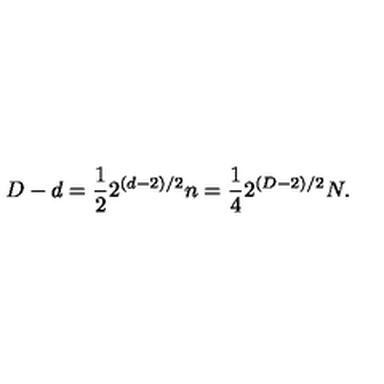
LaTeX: D - d = \frac { 1 } { 2 } 2 ^ { ( d - 2 ) / 2 } n = \frac { 1 } { 4 } 2 ^ { ( D - 2 ) / 2 } N .